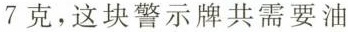
7克，这块警示牌共需要油